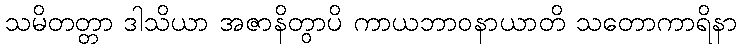
သမိတတ္တာ ဒါသိယာ အဇာနိတွာပိ ကာယဘာဝနာယာတိ သတောကာရိနာ